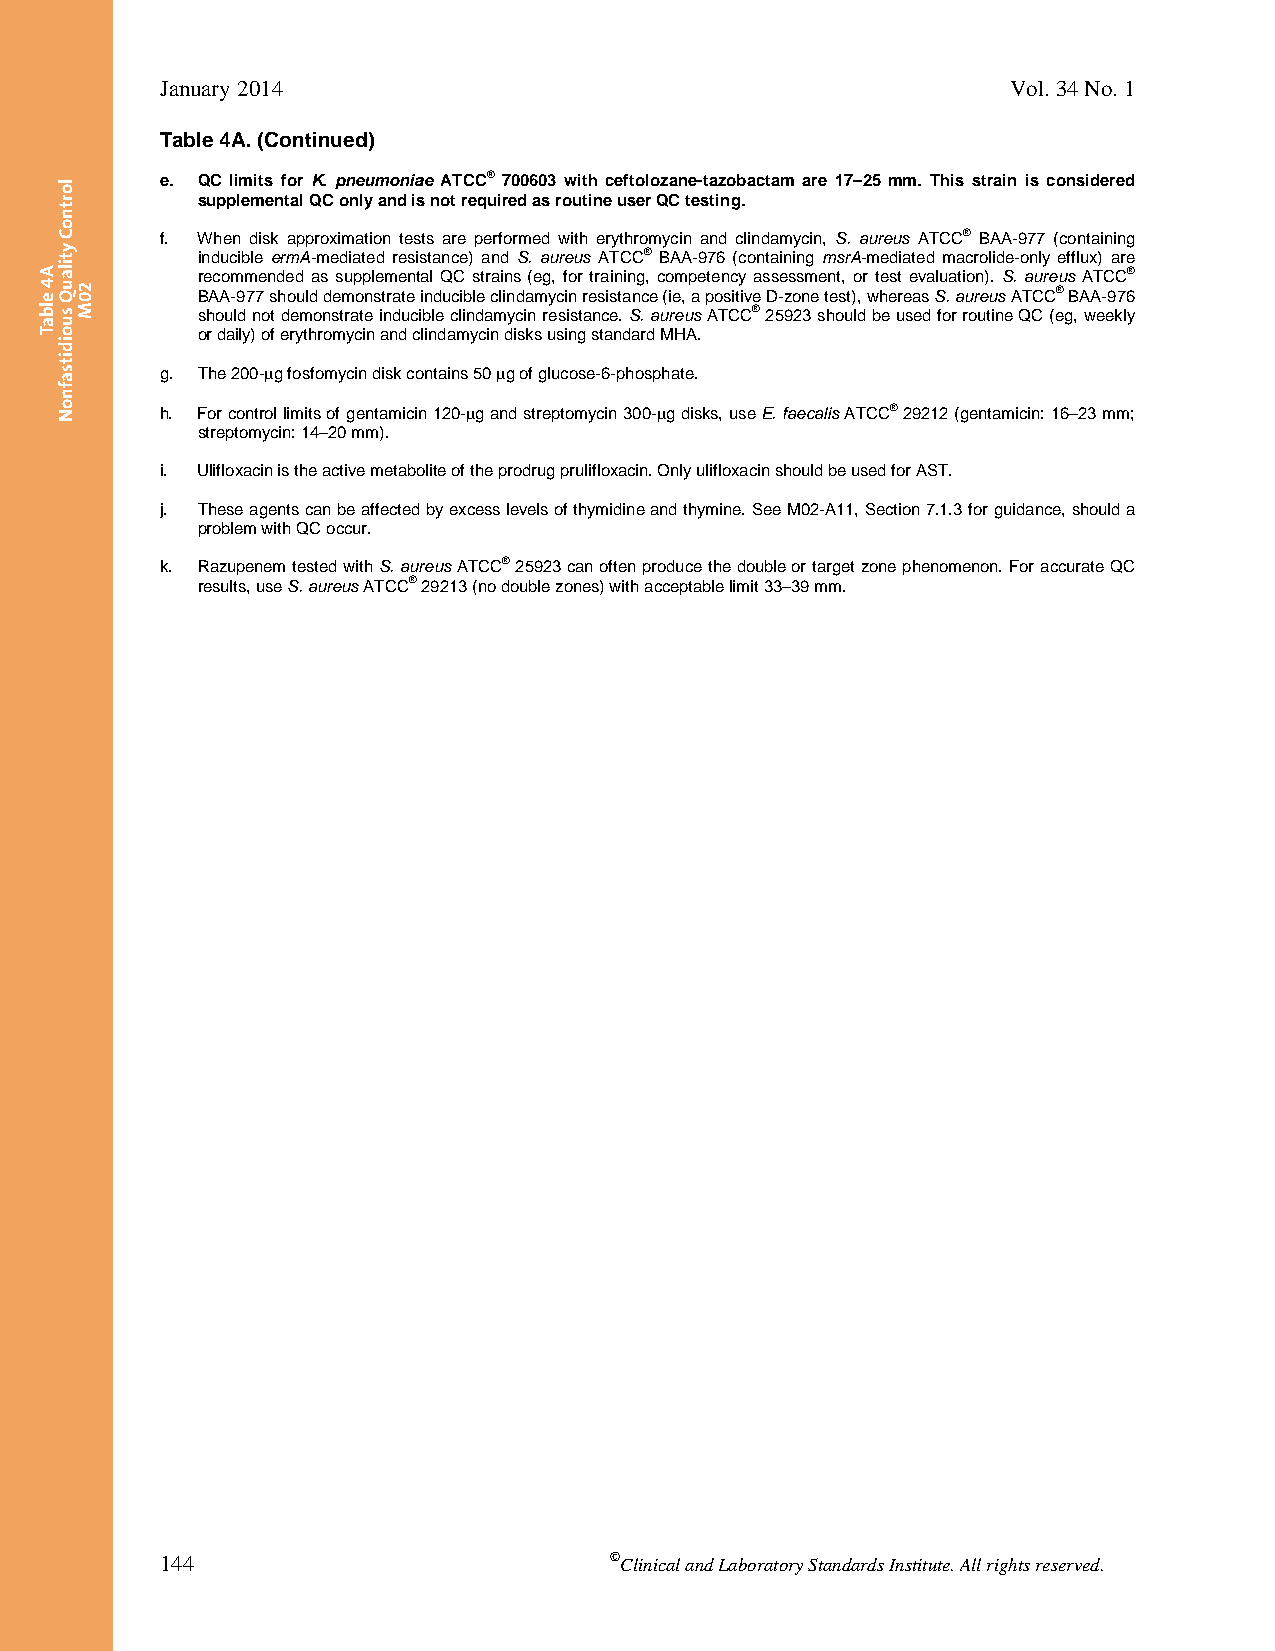
January 2014                                            Vol. 34 No. 1
 Table 4A. (Continued)
 e. QC limits for K. pneumoniae ATCC® 700603 with ceftolozane-tazobactam are 17–25 mm. This strain is considered
 supplemental QC only and is not required as routine user QC testing.
 f. When disk approximation tests are performed with erythromycin and clindamycin, S. aureus ATCC® BAA-977 (containing
 inducible ermA-mediated resistance) and S. aureus ATCC® BAA-976 (containing msrA-mediated macrolide-only efflux) are
 recommended as supplemental QC strains (eg, for training, competency assessment, or test evaluation). S. aureus ATCC®
 BAA-977 should demonstrate inducible clindamycin resistance (ie, a positive D-zone test), whereas S. aureus ATCC® BAA-976
 should not demonstrate inducible clindamycin resistance. S. aureus ATCC® 25923 should be used for routine QC (eg, weekly
 or daily) of erythromycin and clindamycin disks using standard MHA.
 g. The 200-g fosfomycin disk contains 50 g of glucose-6-phosphate.
 h. For control limits of gentamicin 120-g and streptomycin 300-g disks, use E. faecalis ATCC® 29212 (gentamicin: 16–23 mm;
 streptomycin: 14–20 mm).
 i. Ulifloxacin is the active metabolite of the prodrug prulifloxacin. Only ulifloxacin should be used for AST.
 j. These agents can be affected by excess levels of thymidine and thymine. See M02-A11, Section 7.1.3 for guidance, should a
 problem with QC occur.
 k. Razupenem tested with S. aureus ATCC® 25923 can often produce the double or target zone phenomenon. For accurate QC
 results, use S. aureus ATCC® 29213 (no double zones) with acceptable limit 33–39 mm.
 144                          ©Clinical and Laboratory Standards Institute. All rights reserved.
 Thisdocumentisprotectedbycopyright.
 PublishedOn1/1/2014.
 A4
 elbaT
 lortnoC
 ytilauQ
 suoiditsafnoN
 20M